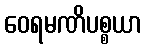
ဝေရမဏိပစ္စယာ